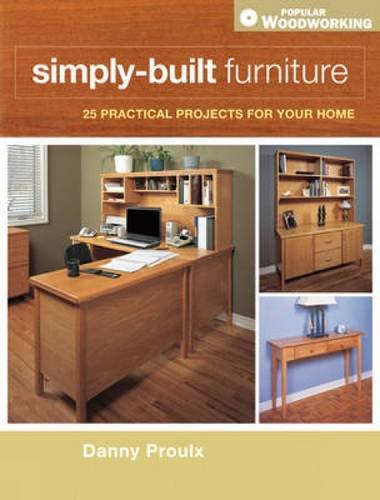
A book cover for Simply-Built Furniture (Popular Woodworking); Danny Proulx; Crafts, Hobbies & Home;